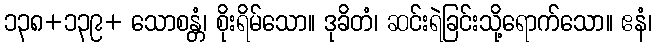
၁၃၈+၁၃၉+ သောစန္တံ၊ စိုးရိမ်သော။ ဒုခိတံ၊ ဆင်းရဲခြင်းသို့ရောက်သော။ ဧနံ၊